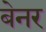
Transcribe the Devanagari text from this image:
बेनर